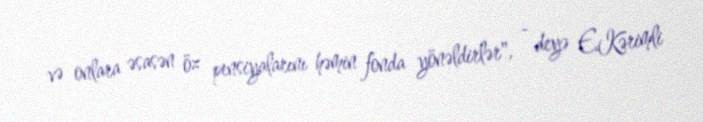
və onlara əsasən öz pensiyalarını həmin fonda yönəldirlər", - deyə E.Kərimli